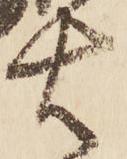
右